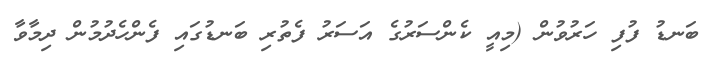
ބަނޑު ފުފި ހަރުވުން (މިއީ ކެންސަރުގެ އަސަރު ފެތުރި ބަނޑުގައި ފެންހެދުމުން ދިމާވާ